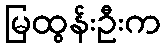
မြထွန်းဦးက